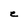
Character: C